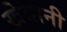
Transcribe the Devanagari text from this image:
खेत्रानी